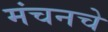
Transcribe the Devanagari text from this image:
मंचनचे